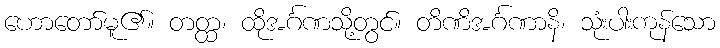
ဟောတော်မူ၏။ တတ္ထ၊ ထိုအင်္ဂဏသို့တွင်။ တိဏိအင်္ဂဏာနိ၊ သုံးပါးကုန်သော